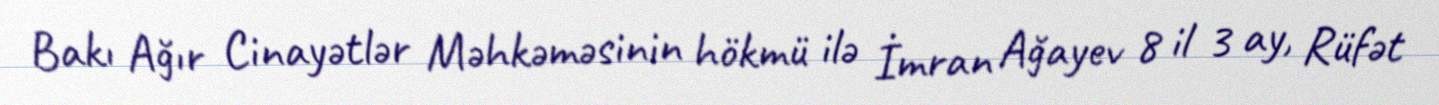
Bakı Ağır Cinayətlər Məhkəməsinin hökmü ilə İmran Ağayev 8 il 3 ay, Rüfət